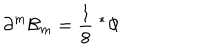
\partial ^ { m } { \cal B } _ { m } = { \frac { 1 } { 8 } } \; { } ^ { * } \Phi